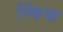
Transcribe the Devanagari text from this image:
स्किंक